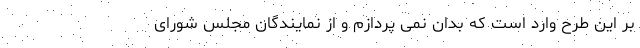
بر این طرح وارد است که بدان نمی پردازم و از نمایندگان مجلس شورای